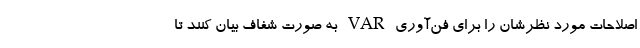
اصلاحات مورد نظرشان را برای فن‌آوری VAR به صورت شفاف بیان کنند تا